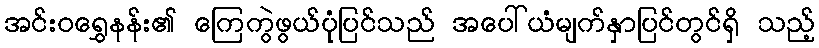
အင်းဝရွှေနန်း၏ ကြေကွဲဖွယ်ပုံပြင်သည် အပေါ်ယံမျက်နှာပြင်တွင်ရှိ သည့်